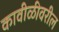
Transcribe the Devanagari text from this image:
कावीळीवरील